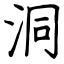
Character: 洞